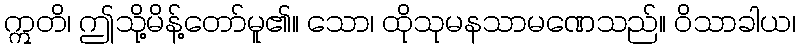
ဣတိ၊ ဤသို့မိန့်တော်မူ၏။ သော၊ ထိုသုမနသာမဏေသည်။ ဝိသာခါယ၊